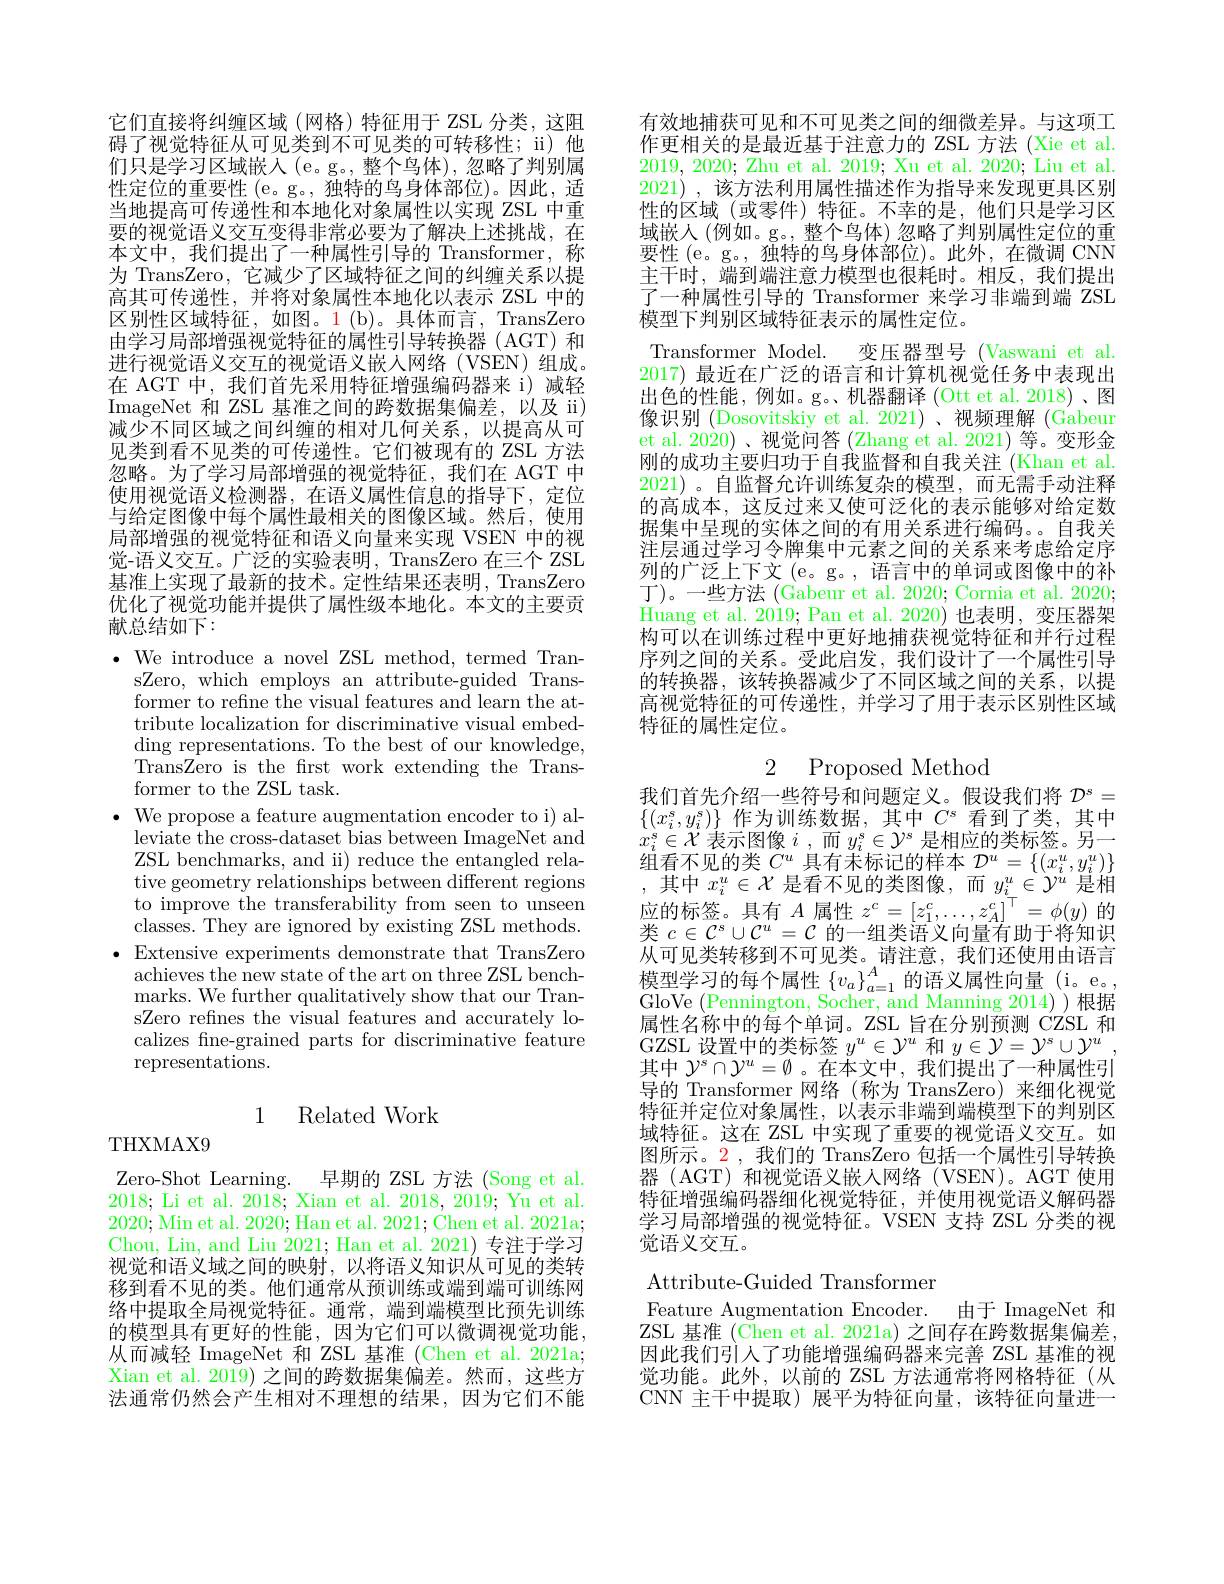
它们直接将纠缠区域(网格)特征用于 ZSL 分类，这阻碍了视觉特征从可见类到不可见类的可转移性；ii)他们只是学习区域嵌入(e。g。,整个鸟体),忽略了判别属性定位的重要性 (e。g。, 独特的鸟身体部位)。因此，适当地提高可传递性和本地化对象属性以实现 ZSL 中重要的视觉语义交互变得非常必要为了解决上述挑战，在本文中，我们提出了一种属性引导的 Transformer,称为 TransZero, 它减少了区域特征之间的纠缠关系以提高其可传递性，并将对象属性本地化以表示 ZSL 中的区别性区域特征，如图。1(b)。具体而言，TransZero 由学习局部增强视觉特征的属性引导转换器(AGT) 和进行视觉语义交互的视觉语义嵌人网络(VSEN)组成。在 AGT 中，我们首先采用特征增强编码器来 i) 减轻ImageNet 和 ZSL 基准之间的跨数据集偏差，以及 ii) 减少不同区域之间纠缠的相对几何关系，以提高从可见类到看不见类的可传递性。它们被现有的 ZSL 方法忽略。为了学习局部增强的视觉特征，我们在 AGT 中使用视觉语义检测器，在语义属性信息的指导下，定位与给定图像中每个属性最相关的图像区域。然后，使用局部增强的视觉特征和语义向量来实现 VSEN 中的视觉-语义交互。广泛的实验表明，TransZero 在三个 ZSL 基准上实现了最新的技术。定性结果还表明，TransZero 优化了视觉功能并提供了属性级本地化。本文的主要贡献总结如下：

$\bullet$ We introduce a novel ZSL method, termed Tran-
sZero, which employs an attribute-guided Transformer to refine the visual features and learn the attribute localization for discriminative visual embedding representations. To the best of our knowledge, TransZero is the frst work extending the Transformer to the ZSL task.
$\bullet$ We propose a feature augmentation encoder to i) al-
leviate the cross-dataset bias between ImageNet and ZSL benchmarks, and ii) reduce the entangled relative geometry relationships between different regions to improve the transferability from seen to unseen classes. They are ignored by existing ZSL methods.
$\bullet$ Extensive experiments demonstrate that TransZero
achieves the new state of the art on three ZSL benchmarks. We further qualitatively show that our TransZero refines the visual features and accurately localizes fne-grained parts for discriminative feature representations.

## 1 Related Work

THXMAX9

Zero-Shot Learning.
早期的 ZSL 方法 (Song et al.
2018; Li et al. 2018; Xian et al. 2018, 2019; Yu et al. 2020; Min et al. 2020; Han et al. 2021; Chen et al. 2021a; Chou, Lin, and Liu 2021; Han et al. 2021) 专注于学习视觉和语义域之间的映射，以将语义知识从可见的类转移到看不见的类。他们通常从预训练或端到端可训练网络中提取全局视觉特征。通常，端到端模型比预先训练的模型具有更好的性能，因为它们可以微调视觉功能， 从而减轻 ImageNet 和 ZSL 基准 (Chen et al. 2021a; Xian et al. 2019) 之间的跨数据集偏差。然而，这些方法通常仍然会产生相对不理想的结果，因为它们不能

有效地捕获可见和不可见类之间的细微差异。与这项工作更相关的是最近基于注意力的 ZSL 方法 (Xie et al. 2019,2020; Zhu et al. 2019; Xu et al. 2020; Liu et al. 2021) , 该方法利用属性描述作为指导来发现更具区别性的区域 (或零件)特征。不幸的是，他们只是学习区域嵌入(例如。g。,整个鸟体)忽略了判别属性定位的重要性 (e。g。, 独特的鸟身体部位)。此外，在微调 CNN 主干时，端到端注意力模型也很耗时。相反，我们提出了一种属性引导的 Transformer 来学习非端到端 ZSL 模型下判别区域特征表示的属性定位。
Transformer Model.
变压器型号 (Vaswani et al.
2017)最近在广泛的语言和计算机视觉任务中表现出出色的性能，例如。g。、机器翻译(Ott et al.2018)、图像识别 (Dosovitskiy et al.2021)、视频理解 (Gabeur et al. 2020)、视觉问答(Zhang et al. 2021)等。变形金刚的成功主要归功于自我监督和自我关注 (Khan et al. 2021) 。自监督允许训练复杂的模型，而无需手动注释的高成本，这反过来又使可泛化的表示能够对给定数据集中呈现的实体之间的有用关系进行编码。。自我关注层通过学习令牌集中元素之间的关系来考虑给定序列的广泛上下文 (e。g。, 语言中的单词或图像中的补丁)。一些方法 (Gabeur et al. 2020; Cornia et al. 2020; Huang et al. 2019; Pan et al. 2020) 也表明，变压器架构可以在训练过程中更好地捕获视觉特征和并行过程序列之间的关系。受此启发，我们设计了一个属性引导的转换器，该转换器减少了不同区域之间的关系，以提高视觉特征的可传递性，并学习了用于表示区别性区域特征的属性定位。

2 Proposed Method

我们首先介绍一些符号和问题定义。假设我们将$\mathcal{D}^s=$ $\{(x_i^s,y_i^s)\}$作为训练数据，其中$C^s$看到了类，其中$x_i^s\in\mathcal{X}$表示图像$i$ ,而$y_i^s\in\mathcal{Y}^s$是相应的类标签。另一组看不见的类$C^u$具有未标记的样本$\mathcal{D}^u=\{(x_i^u,y_i^u)\}$
其中$x_i^u\in\mathcal{X}$是看不见的类图像，而$y_i^u\in\mathcal{Y}^u$是相应的标签。具有$A$属性$z^c=[z_1^c,\ldots,z_A^c]^\top=\phi(y)$的类$c\in\mathcal{C}^s\cup\mathcal{C}^u=\mathcal{C}$的一组类语义向量有助于将知识从可见类转移到不可见类。请注意，我们还使用由语言$\begin{array}{l}\text{模型学习的每个属性 }\{v_a\}_{a=1}^A\text{ 的语义属性向量 (i。e。,}\\\text{GloVe }(\text{Pennington, Socher, and Manning 2014))根据}\end{array}$ 属性名称中的每个单词。ZSL 旨在分别预测 CZSL 和GZSL 设置中的类标签$y^u\in\mathcal{Y}^u$和$y\in\mathcal{Y}=\mathcal{Y}^s\cup\mathcal{Y}^u$, 其中$\mathcal{Y}^s\cap\mathcal{Y}^u=\emptyset$ 。在本文中，我们提出了一种属性引导的 Transformer 网络(称为 TransZero)来细化视觉特征并定位对象属性，以表示非端到端模型下的判别区域特征。这在 ZSL 中实现了重要的视觉语义交互。如图所示。2,我们的 TransZero 包括一个属性引导转换器 (AGT) 和视觉语义嵌人网络 (VSEN)。AGT 使用特征增强编码器细化视觉特征，并使用视觉语义解码器学习局部增强的视觉特征。VSEN 支持 ZSL 分类的视觉语义交互。
Attribute-Guided Transformer
Feature Augmentation Encoder. 由于 ImageNet 和ZSL 基准 (Chen et al. 2021a) 之间存在跨数据集偏差， 因此我们引人了功能增强编码器来完善 ZSL 基准的视

觉功能。此外，以前的 ZSL 方法通常将网格特征(从

CNN 主干中提取)展平为特征向量，该特征向量进一